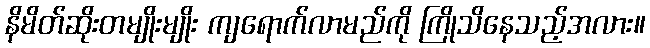
နိမိတ်ဆိုးတမျိုးမျိုး ကျရောက်လာမည်ကို ကြိုသိနေသည့်အလား။